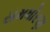
સમધોરણ